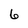
Character: 6